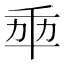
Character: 𠦚